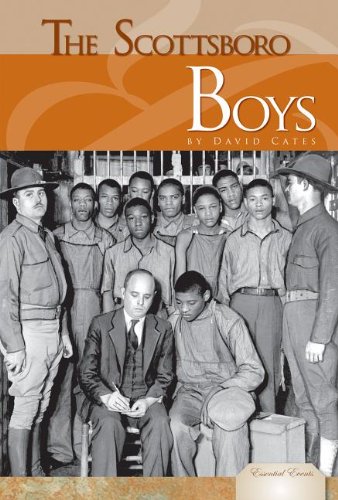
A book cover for The Scottsboro Boys (Essential Events); David Cates; Teen & Young Adult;